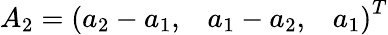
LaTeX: A_{2}=\left(\begin{array}{lll}{a_{2}-a_{1},}&{a_{1}-a_{2},}&{a_{1}}\end{array}\right)^{T}